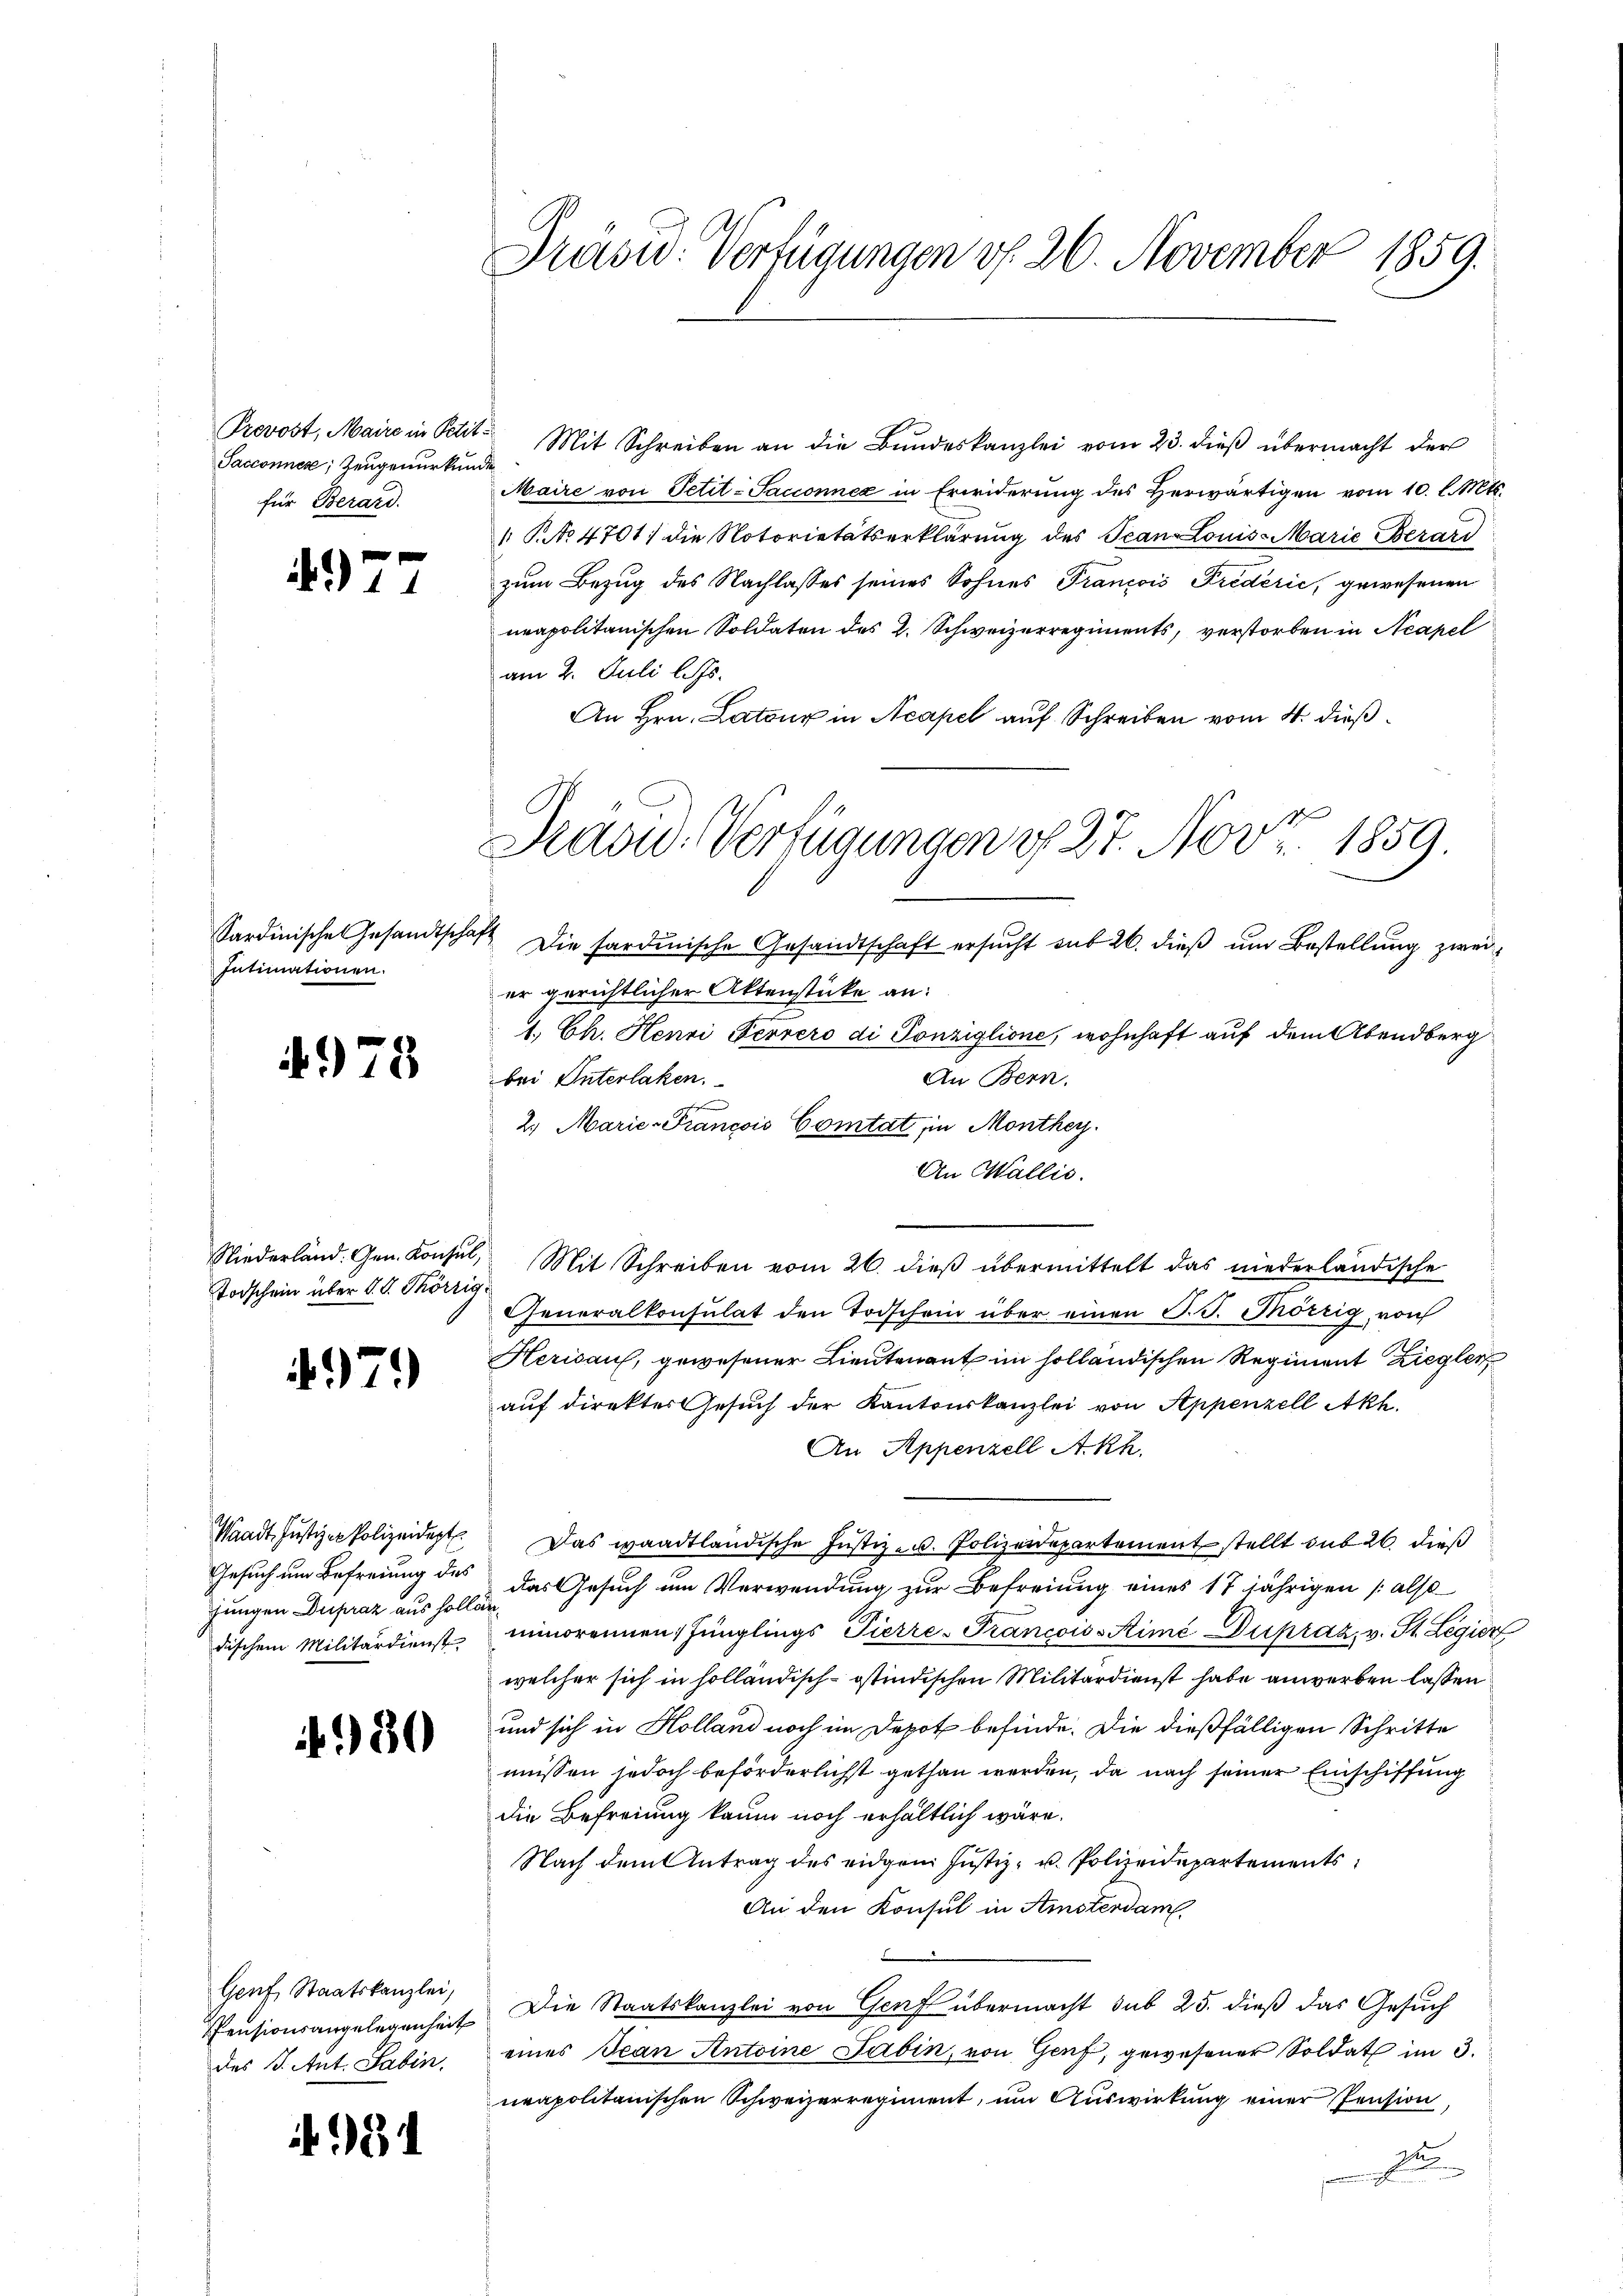
Sacconnes; Zeugenurkunde
für Berard.

497

e
4

Sardinische Gesandtschaft
Intimationen.

4979

Todschein über d. d. Thörzig.

4979)

Waadt. Justizen Polizeidept.
Gesuch um Befreiung des
Jungen Dupraz aus solle
dischem Militärdienst

.30

Genf, Staatskanzlei,
Pensionsangelegenheit
des B. Ant. Sabin

3

Präsid. Verfügungen v. 26. November 1859.

Prevost, Maire in Petit. Mit Schreiben an die Bŭndeskanzlei vom 23. dieβ übermacht der
Maire von Petit-Sacconnex in Erwiderung des Herwärtigen vom 10. l. Mts.
 P.No 4701 die Notorietätserklärung des Tean Louis-Marie Berari
zum Bezug des Nachlasses seines Sohnes Trancois Fredérić, gewesenen
neapolitanischen Soldaten des 2. Schweizerregiments, verstorben in Neapel
am 2. Juli l. Js.
An Hrn. Latour in Acapel auf Schreiben vom 4. dieß¬
Die sardinische Gesandtschaft ersucht sub 26. dieß um Bestellung zweier gerichtlicher Aktenstücke an:
1. Ch. Henri Ferrero di Ponziglione, wohnhaft auf dem Abendberg
An Bern.
bei Interlaken.
2. Marie-Francois Comtat, in Monthey
An Wallis.
Wiederland. Gen. Konsul, Mit Schreiben vom 26. dieβ übermittelt das niederländische
Generalkonsulat den Todschein über einen T. T. Thörzig, von
Herisau, gewesener Lieutenant im holländischen Regiment Ziegler
auf direkter Gesuch der Kantonskanzlei von Appenzell Akh.
An Appenzell A.Rh.
Das waadtländische Justiz- u. Polizeidepartement stellt sub 20. dieß
das Gesuch um Verwendung zur Befreiung eines 17 jährigen (also
minorennen Jünglings Pierre-FrancoissSimé Dupraz. v. St. Legier
welcher sich in holländisch-östindischen Militärdienst habe anwerben lassen
und sich in Holland noch im Depot befinde. Die dießfälligen Schritte
müssen jedoch beförderlichst gethan werden, da nach seiner Einschiffung
die Befreiung kaum noch erhältlich wäre.
Nach dem Antrag des eidgen Justiz- u. Polizeidepartements
An den Konsul in Amsterdam
Die Staatskanzlei von Genf übermacht sub 25. dieß das Gesuch
eines Jean Antoine Sabin, von Genf, gewesener Soldat im 3.
neapolitanischen Schweizerregiment, um Auswirkung einer Pension
d

Paow. Verfügungen u. 27. Nov. 1859.